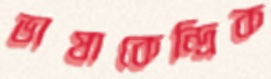
ভাষাকেন্দ্রিক